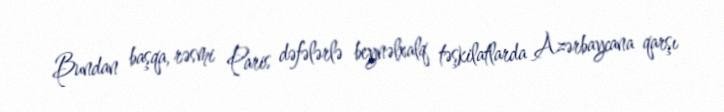
Bundan başqa, rəsmi Paris dəfələrlə beynəlxalq təşkilatlarda Azərbaycana qarşı